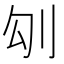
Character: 𠚸